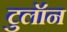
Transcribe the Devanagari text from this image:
टुलॉन